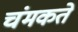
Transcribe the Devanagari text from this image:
चंमकते